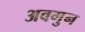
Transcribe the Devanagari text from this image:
अवगुन